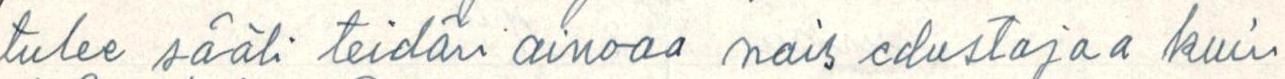
tulee sääli teidän ainoaa nais edustajaa kuin